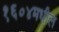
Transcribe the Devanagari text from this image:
१६०४मधील